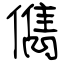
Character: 儁